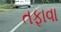
તફાવા